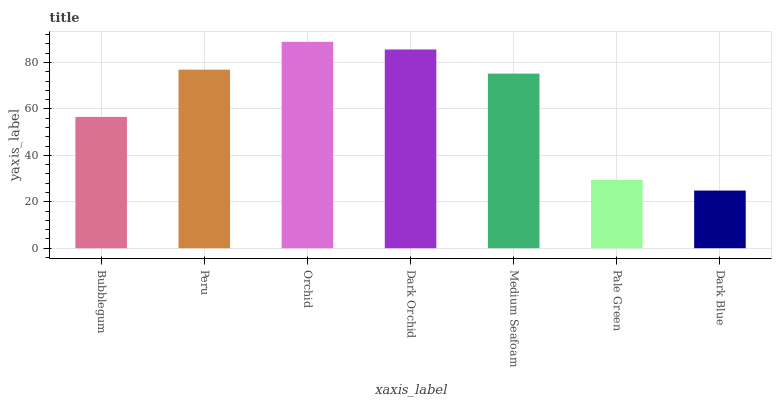
| xaxis_label | bars |
 | --- | --- |
 | Bubblegum | 56.5 |
 | Peru | 76.9 |
 | Orchid | 88.9 |
 | Dark Orchid | 85.6 |
 | Medium Seafoam | 75.2 |
 | Pale Green | 29.4 |
 | Dark Blue | 24.8 |